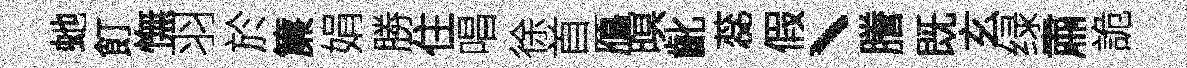
虵飣憮羽於簾娟勝住唱徐首鴈暝齔蕊假、謄既玄绿肅詭